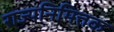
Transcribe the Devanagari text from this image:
राज्यनिमित्तक